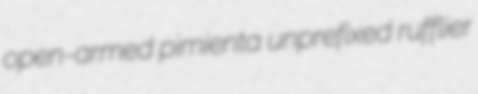
open-armed pimienta unprefixed rufflier